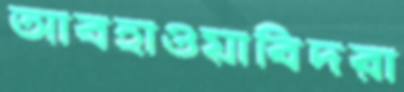
আবহাওয়াবিদরা